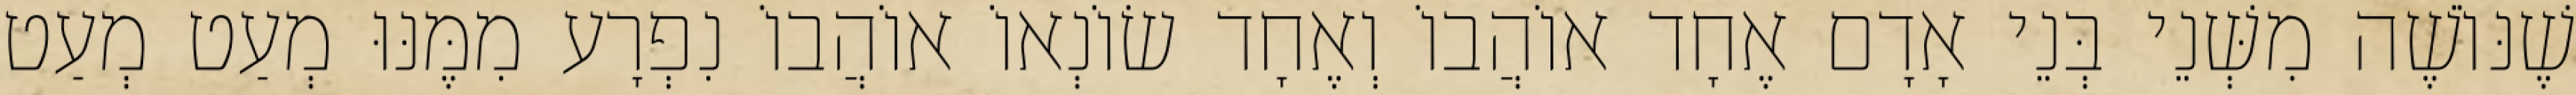
שֶׁנּוֹשֶׁה מִשְּׁנֵי בְּנֵי אָדָם אֶחָד אוֹהֲבוֹ וְאֶחָד שׂוֹנְאוֹ אוֹהֲבוֹ נִפְרָע מִמֶּנּוּ מְעַט מְעַט